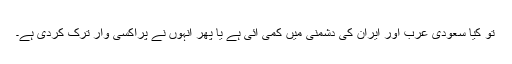
تو کیا سعودی عرب اور ایران کی دشمنی میں کمی آئی ہے یا پھر انہوں نے پراکسی وار ترک کردی ہے۔